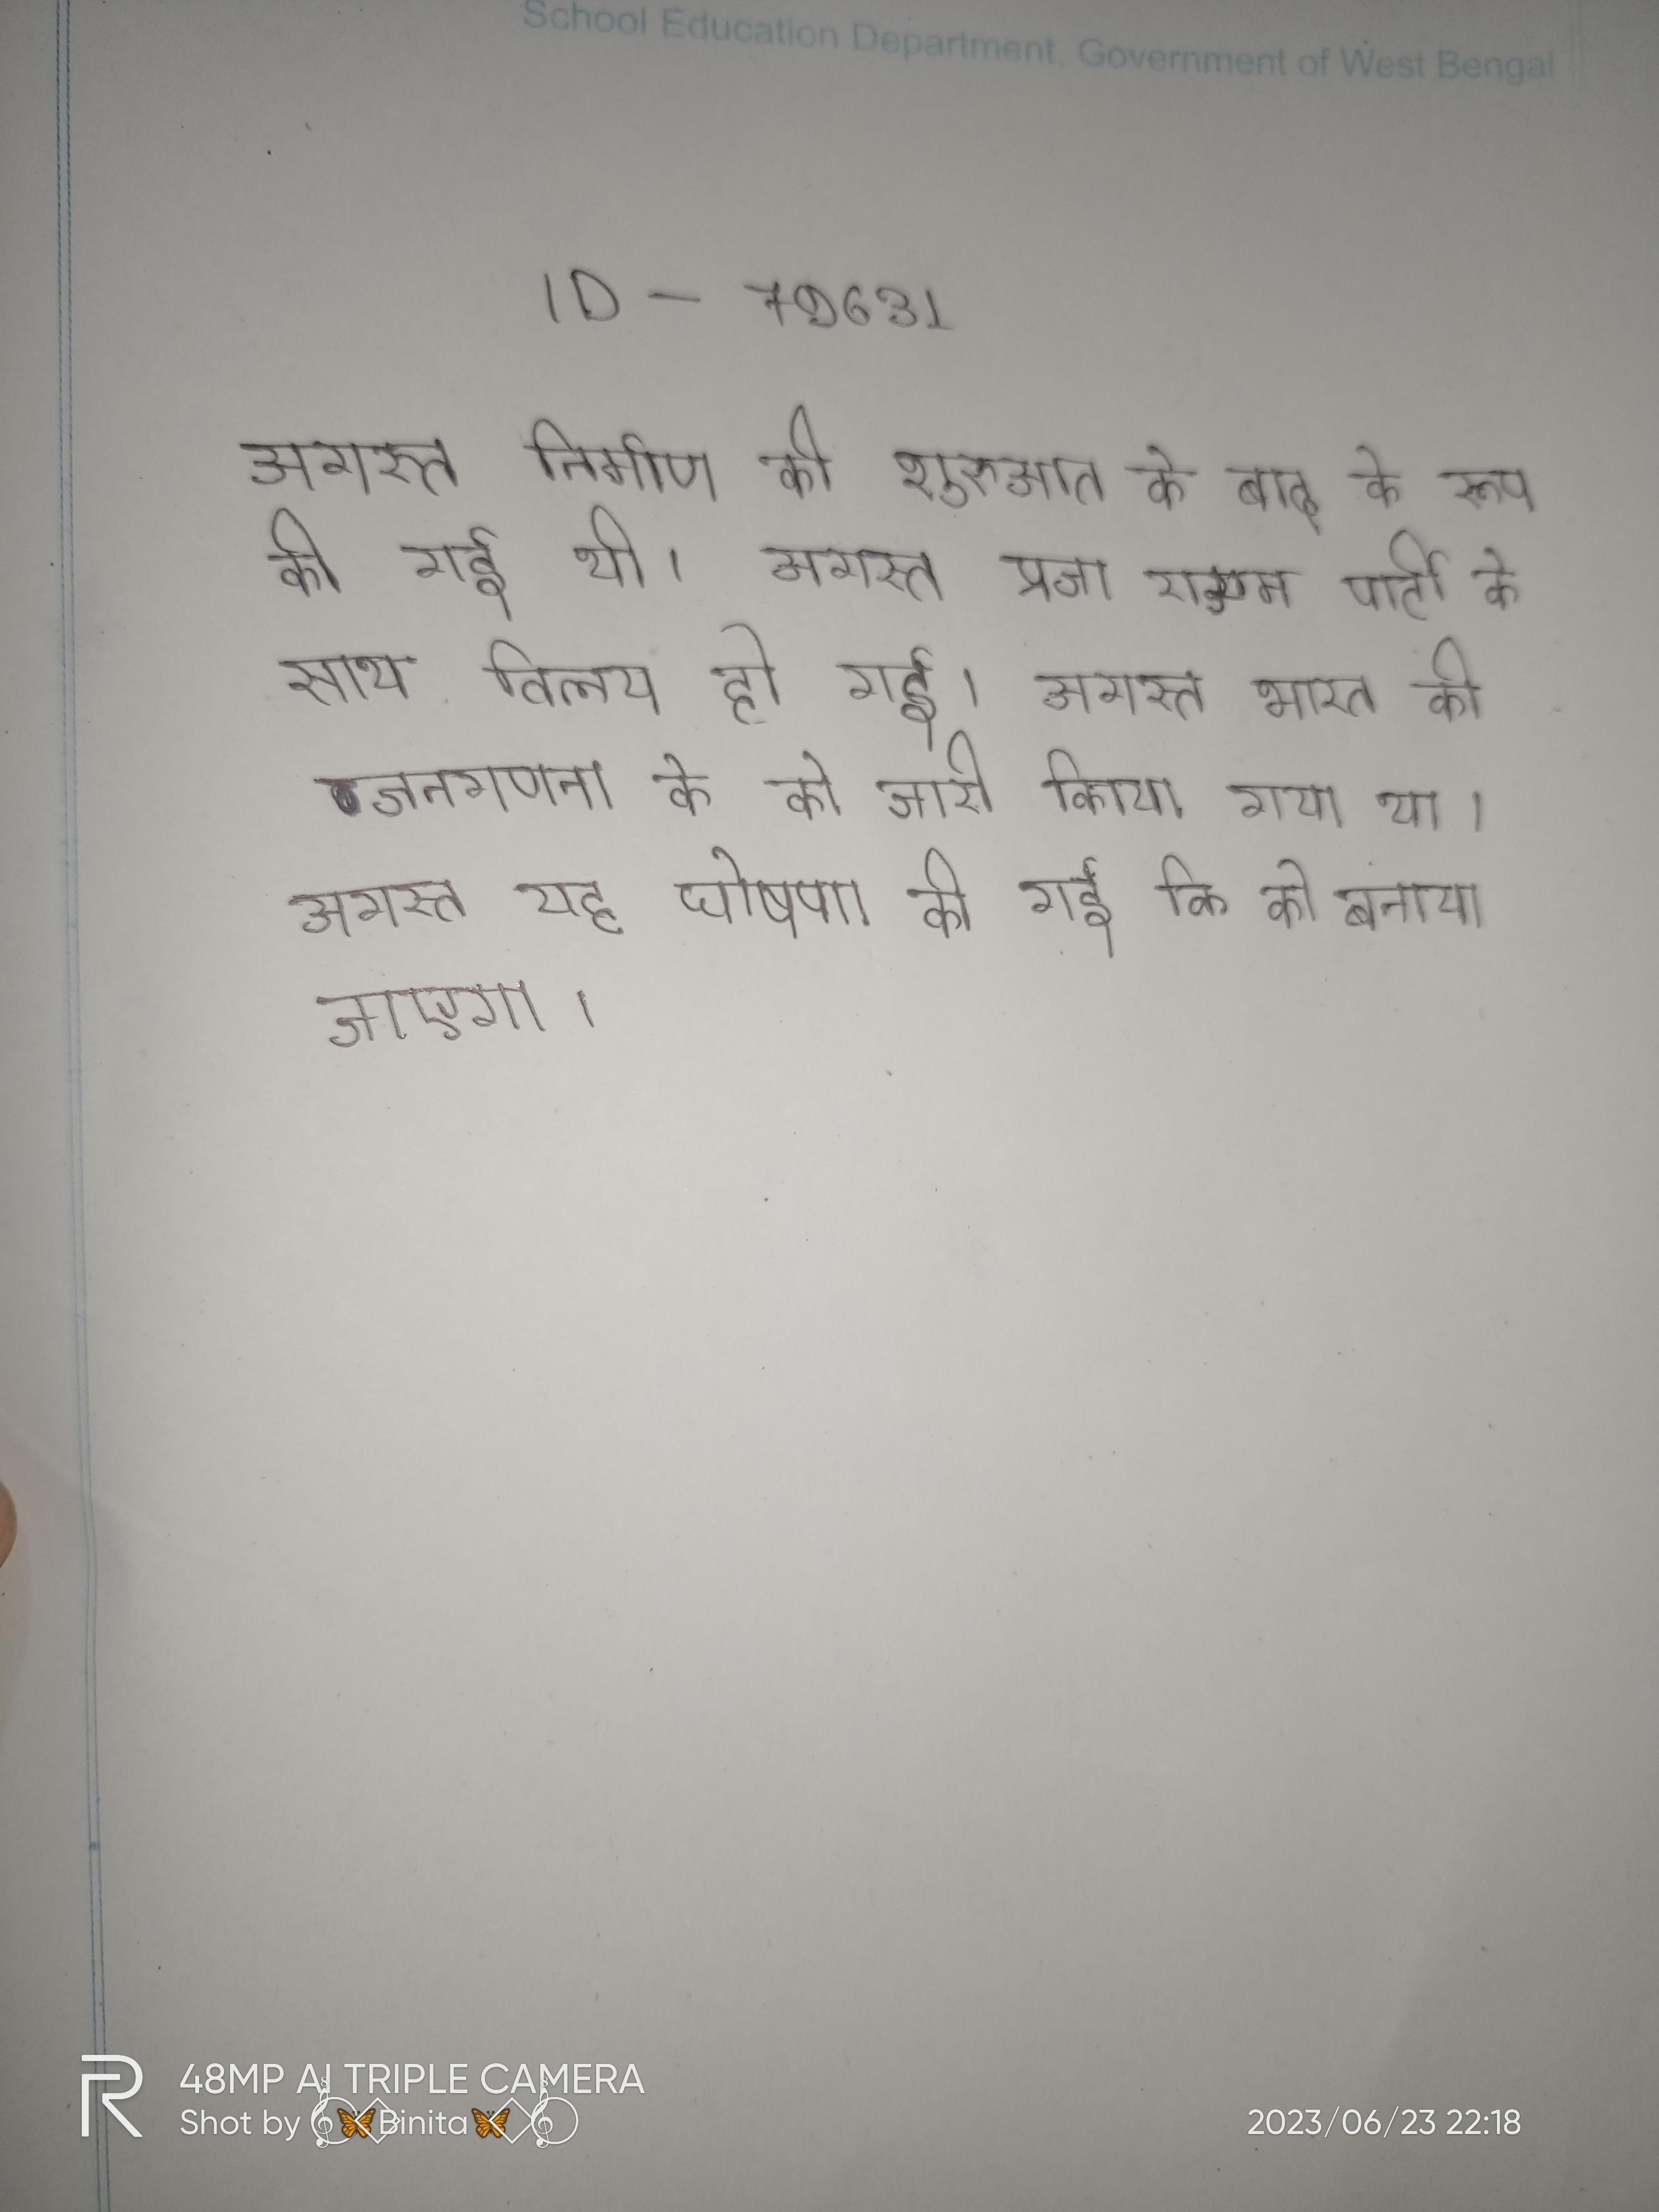
अगस्त निर्माण की शुरुआत के बाद के बाद के रूप की गई थी । अगस्त प्रजा राज्यम पार्टी के साथ विलय हो गई । अगस्त भारत की जनगणना के को जारी किया गया था । अगस्त यह घोषणा की गई कि को बनाया जाएगा ।